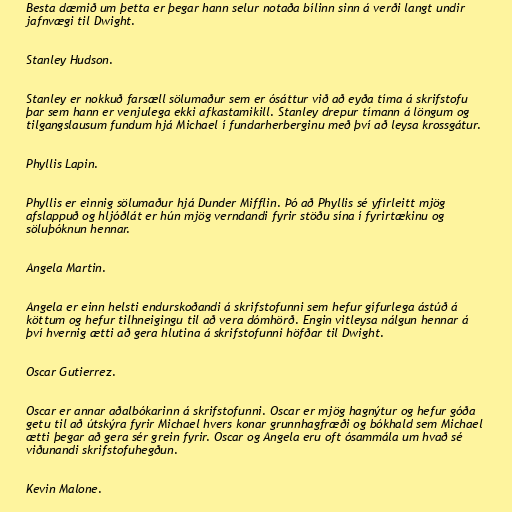
Besta dæmið um þetta er þegar hann selur notaða bílinn sinn á verði langt undir
jafnvægi til Dwight.

Stanley Hudson.

Stanley er nokkuð farsæll sölumaður sem er ósáttur við að eyða tíma á skrifstofu
þar sem hann er venjulega ekki afkastamikill. Stanley drepur tímann á löngum og
tilgangslausum fundum hjá Michael í fundarherberginu með því að leysa krossgátur.

Phyllis Lapin.

Phyllis er einnig sölumaður hjá Dunder Mifflin. Þó að Phyllis sé yfirleitt mjög
afslappuð og hljóðlát er hún mjög verndandi fyrir stöðu sína í fyrirtækinu og
söluþóknun hennar.

Angela Martin.

Angela er einn helsti endurskoðandi á skrifstofunni sem hefur gífurlega ástúð á
köttum og hefur tilhneigingu til að vera dómhörð. Engin vitleysa nálgun hennar á
því hvernig ætti að gera hlutina á skrifstofunni höfðar til Dwight.

Oscar Gutierrez.

Oscar er annar aðalbókarinn á skrifstofunni. Oscar er mjög hagnýtur og hefur góða
getu til að útskýra fyrir Michael hvers konar grunnhagfræði og bókhald sem Michael
ætti þegar að gera sér grein fyrir. Oscar og Angela eru oft ósammála um hvað sé
viðunandi skrifstofuhegðun.

Kevin Malone.